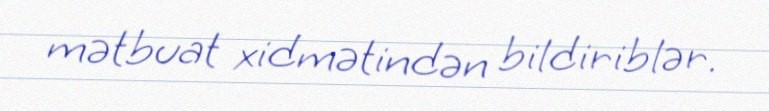
mətbuat xidmətindən bildiriblər.